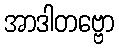
အာဒါတဗ္ဗော